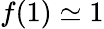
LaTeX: f(1)\simeq 1